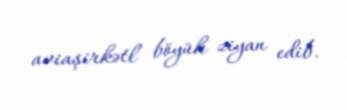
aviaşirkətl böyük ziyan edib.